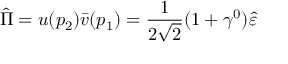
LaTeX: \hat { \Pi } = u ( p _ { 2 } ) \bar { v } ( p _ { 1 } ) = \frac { 1 } { 2 \sqrt { 2 } } ( 1 + \gamma ^ { 0 } ) \hat { \varepsilon }